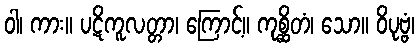
ဝါ၊ ကား။ ပဋိကူလတ္တာ၊ ကြောင့်။ ကုစ္ဆိတံ၊ သော။ ဝိပုဗ္ဗံ၊